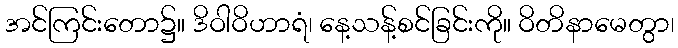
အင်ကြင်းတော၌။ ဒိဝါဝိဟာရံ၊ နေ့သန့်စင်ခြင်းကို။ ဝိတိနာမေတွာ၊